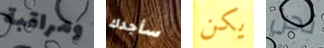
ومراقبة سأجدك يكن نحن